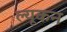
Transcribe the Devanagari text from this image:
ल्यूकन